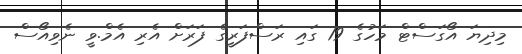
މިދިޔަ އޯގަސްޓް މަހުގެ 19 ގައި ރަސްފަރީގެ ފަރަށް އެރި އެމް.ވީ ނެވިއޯސް